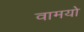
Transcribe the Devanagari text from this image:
वामयो